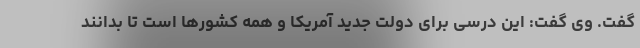
گفت. وی گفت: این درسی برای دولت جدید آمریکا و همه کشورها است تا بدانند